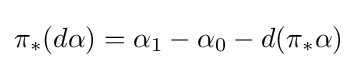
\pi _{*}(d\alpha )=\alpha _{1}-\alpha _{0}-d(\pi _{*}\alpha )